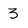
Character: 3